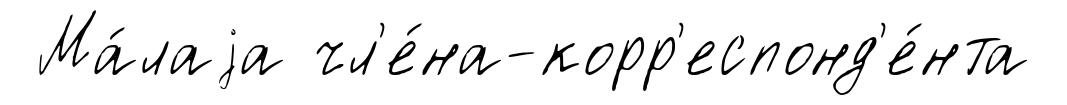
Ма́лаjа чл'е́на-корр'еспонд'е́нта